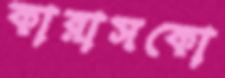
কারাসকো